Assam Mental Hospital (Tezpur, India) - 1933-1948
Year: 1933
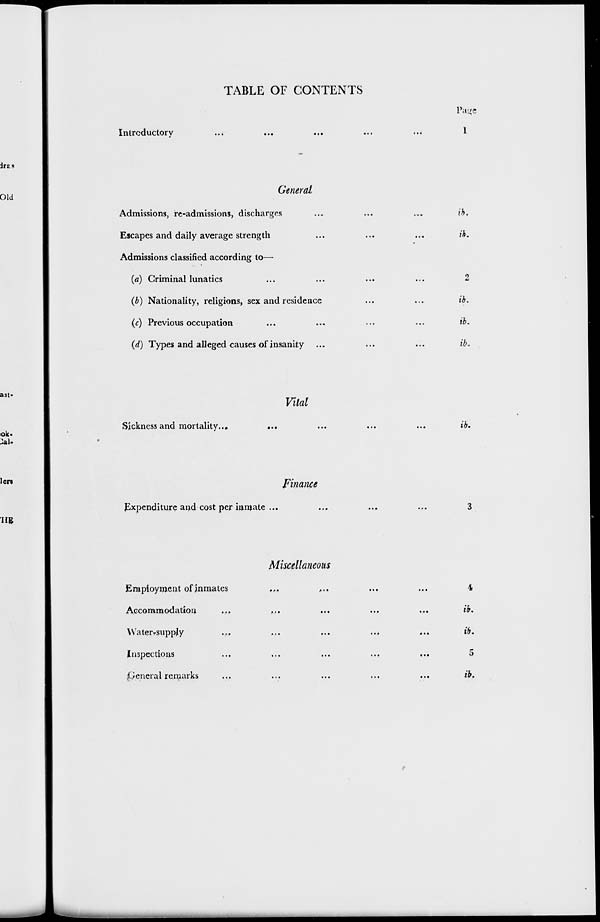
TABLE OF CONTENTS
Introductory
Page
1
General
Admissions, re-admissions, discharges ... ... ...
Escapes and daily average strength ... ... ...
Admissions classified according to—
(a) Criminal lunatics ... ... ... ..
(b) Nationality, religions, sex and residence ... ...
(c) Previous occupation ... ... ... ..
(d) Types and alleged causes of insanity ... ... ...
ib.
ib.
2
ib.
ib.
ib.
Vital
Sickness and mortality... ... ... ... ...
ib.
Finance
Expenditure and cost per inmate ... ... ... ...
3
Miscellaneous
Employment of inmates ... ... ... ...
Accommodation ... ... ... ... ...
Water-supply ... ... ... ... ...
Inspections ... ... ... ... ...
General remarks ... ... ... ... ...
4
ib.
ib.
5
ib.